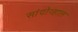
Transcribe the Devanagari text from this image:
सांदोव्हाल